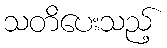
သတိပေးသည့်